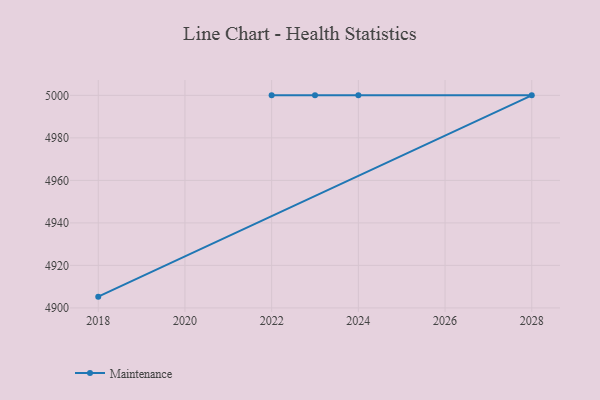
{"axis": {"x": "Year", "y": "Latency (ms)"}, "legend": ["Maintenance"], "data": [{"x": "2018", "y": 4905.3, "type": "Maintenance"}, {"x": "2028", "y": 5000, "type": "Maintenance"}, {"x": "2022", "y": 5000, "type": "Maintenance"}, {"x": "2023", "y": 5000, "type": "Maintenance"}, {"x": "2024", "y": 5000, "type": "Maintenance"}]}